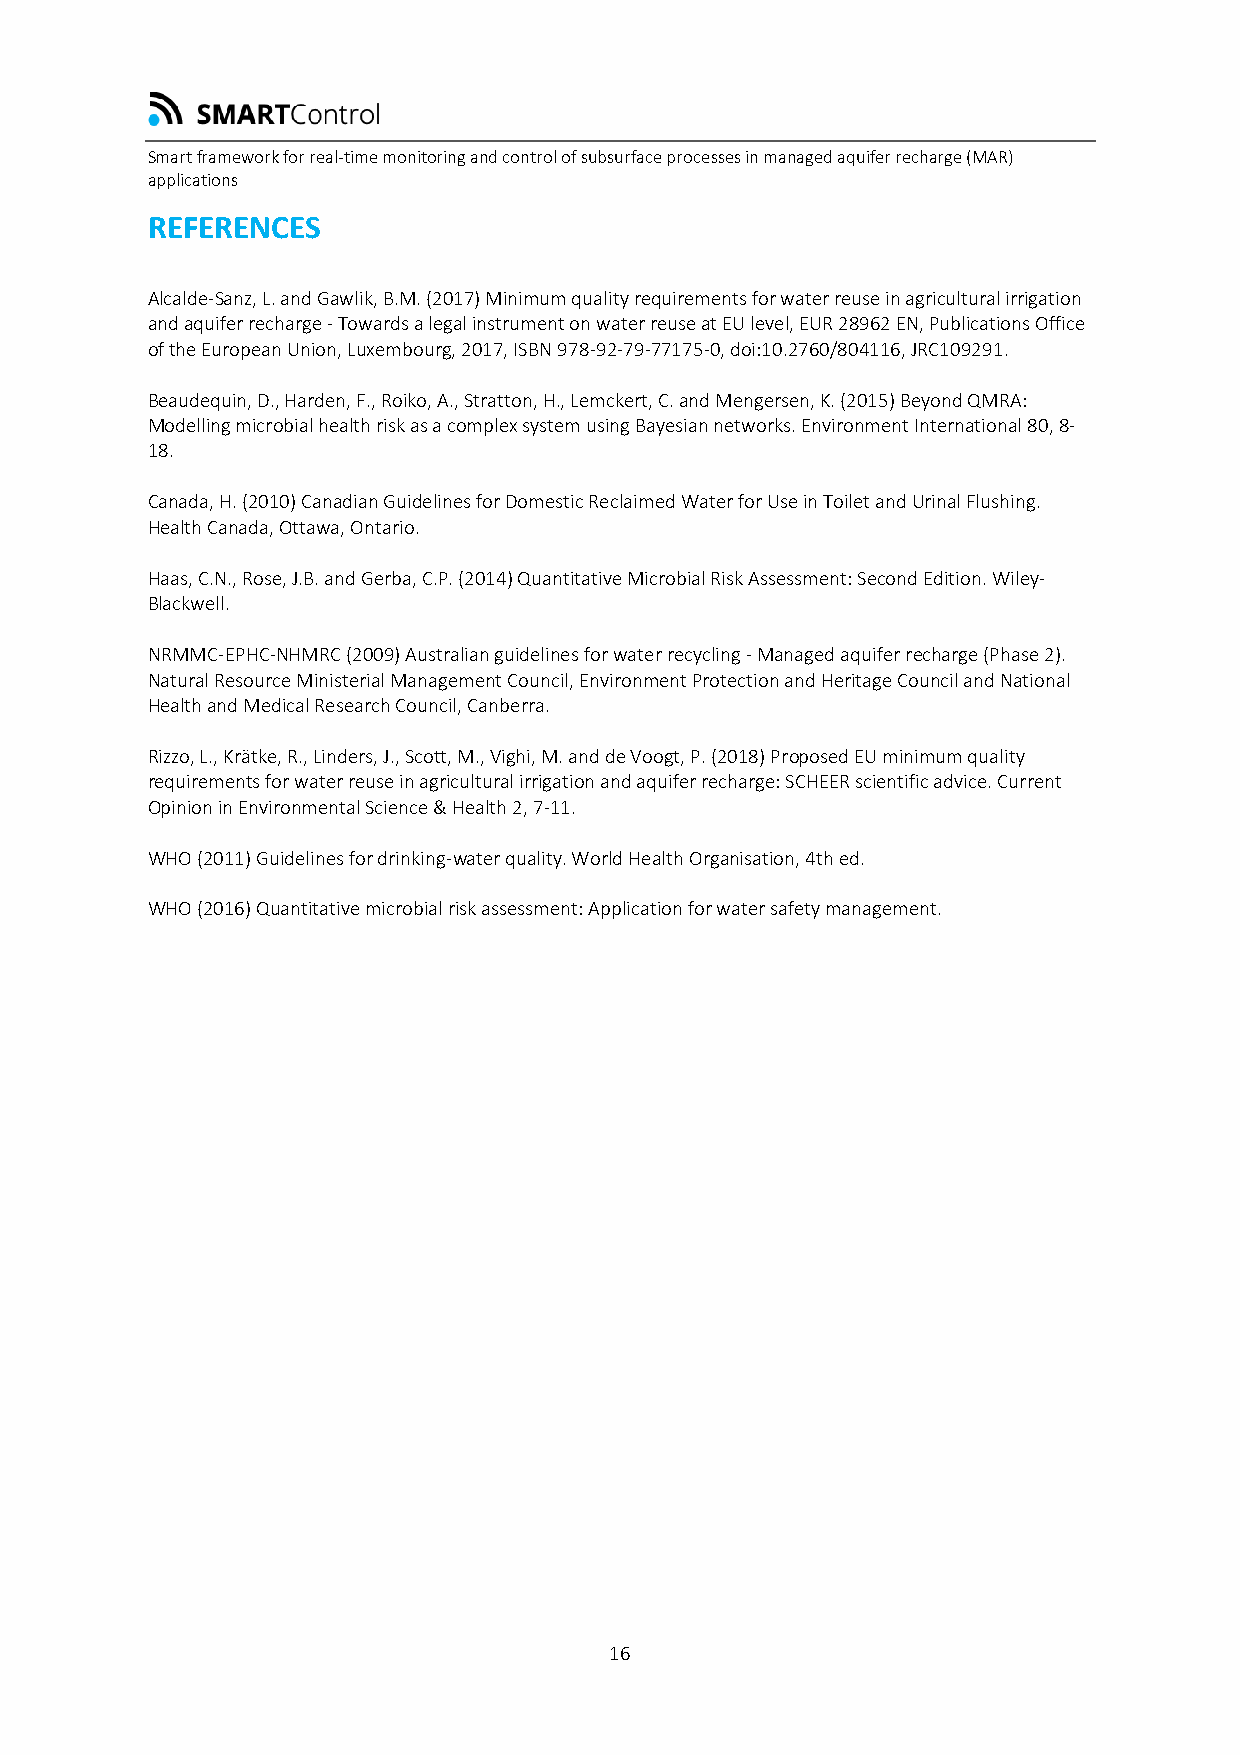
Smart framework for real-time monitoring and control of subsurface processes in managed aquifer recharge (MAR)
 applications
 REFERENCES
 Alcalde-Sanz, L. and Gawlik, B.M. (2017) Minimum quality requirements for water reuse in agricultural irrigation
 and aquifer recharge - Towards a legal instrument on water reuse at EU level, EUR 28962 EN, Publications Office
 of the European Union, Luxembourg, 2017, ISBN 978-92-79-77175-0, doi:10.2760/804116, JRC109291.
 Beaudequin, D., Harden, F., Roiko, A., Stratton, H., Lemckert, C. and Mengersen, K. (2015) Beyond QMRA:
 Modelling microbial health risk as a complex system using Bayesian networks. Environment International 80, 8-
 18.
 Canada, H. (2010) Canadian Guidelines for Domestic Reclaimed Water for Use in Toilet and Urinal Flushing.
 Health Canada, Ottawa, Ontario.
 Haas, C.N., Rose, J.B. and Gerba, C.P. (2014) Quantitative Microbial Risk Assessment: Second Edition. Wiley-
 Blackwell.
 NRMMC-EPHC-NHMRC (2009) Australian guidelines for water recycling - Managed aquifer recharge (Phase 2).
 Natural Resource Ministerial Management Council, Environment Protection and Heritage Council and National
 Health and Medical Research Council, Canberra.
 Rizzo, L., Krätke, R., Linders, J., Scott, M., Vighi, M. and de Voogt, P. (2018) Proposed EU minimum quality
 requirements for water reuse in agricultural irrigation and aquifer recharge: SCHEER scientific advice. Current
 Opinion in Environmental Science & Health 2, 7-11.
 WHO (2011) Guidelines for drinking-water quality. World Health Organisation, 4th ed.
 WHO (2016) Quantitative microbial risk assessment: Application for water safety management.
 16